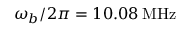
\omega _ { b } / 2 \pi = 1 0 . 0 8 \mathrm { \: M H z }